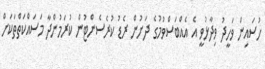
ހުސައިން ވަހީދު ވިދާޅުވީ އެ އެއްބަސްވުމުގެ ދަށުން ރެޑު ކުރެސެންޓުން ކުރަމުންދާ މަސައްކަތްތަކަށް